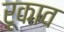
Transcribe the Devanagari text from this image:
रूकाव